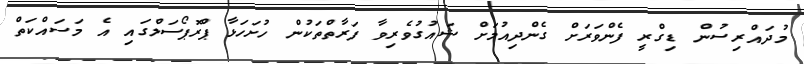
މުދައްރިސުން ޑިގްރީ ފެންވަރަށް ގެންދިއުމަށް ޝައުގުވެރިވާ ފަރާތްތަކުން ހުށަހަޅާ ޕްރޮޕޯސަލްގައި އެ މަސައްކަތް